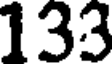
133